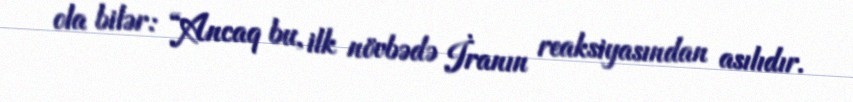
ola bilər: “Ancaq bu, ilk növbədə İranın reaksiyasından asılıdır.